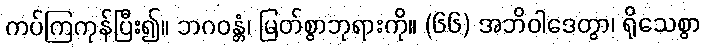
ကပ်ကြကုန်ပြီး၍။ ဘဂဝန္တံ၊ မြတ်စွာဘုရားကို။ (၆၆) အဘိဝါဒေတွာ၊ ရိုသေစွာ